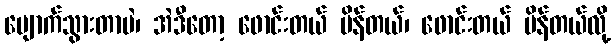
ပျောက်သွားတာပဲ၊ အဲဒီတော့ ဖောင်းတယ် ပိန်တယ်၊ ဖောင်းတယ် ပိန်တယ်လို့